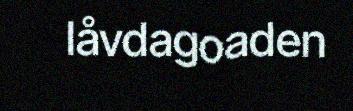
låvdagoaden